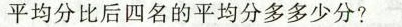
平均分比后四名的平均分多多少分?